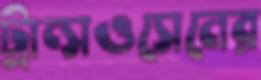
ট্রান্সওসেনের